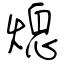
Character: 熄